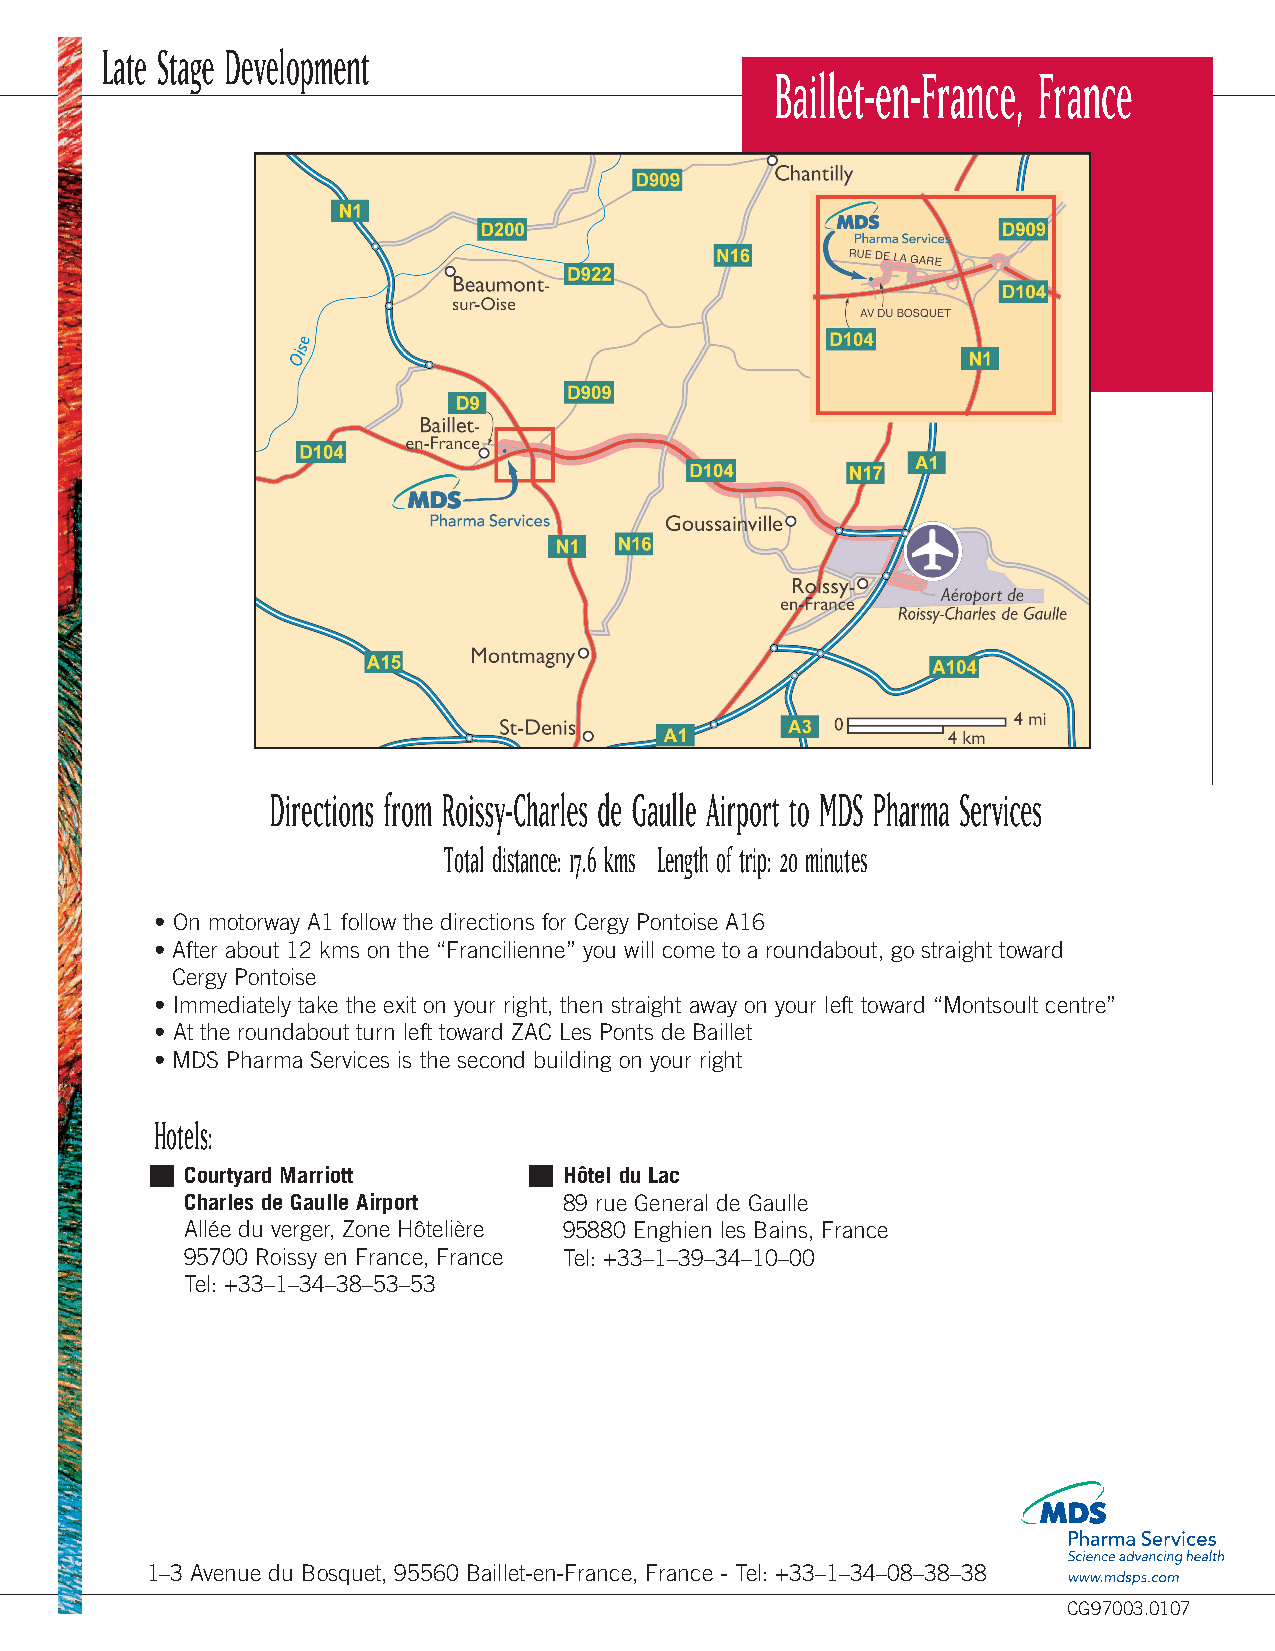
Late Stage Development
 Baillet-en-France, France
 Directions from Roissy-Charles de Gaulle Airport to MDS Pharma Services
 Total distance: 17.6 kms Length of trip: 20 minutes
 • On motorway A1 follow the directions for Cergy Pontoise A16
 • After about 12 kms on the “Francilienne” you will come to a roundabout, go straight toward
 Cergy Pontoise
 • Immediately take the exit on your right, then straight away on your left toward “Montsoult centre”
 • At the roundabout turn left toward ZAC Les Ponts de Baillet
 • MDS Pharma Services is the second building on your right
 Hotels:
 Courtyard Marriott       Hôtel du Lac
 Charles de Gaulle Airport 89 rue General de Gaulle
 Allée du verger, Zone Hôtelière 95880 Enghien les Bains, France
 95700 Roissy en France, France Tel: +33–1–39–34–10–00
 Tel: +33–1–34–38–53–53
 1–3 Avenue du Bosquet, 95560 Baillet-en-France, France - Tel: +33–1–34–08–38–38
 CG97003.0107